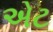
એટ